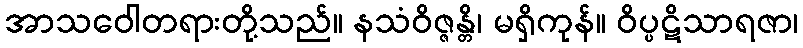
အာသဝေါတရားတို့သည်။ နသံဝိဇ္ဇန္တိ၊ မရှိကုန်။ ဝိပ္ပဋိသာရဇာ၊